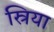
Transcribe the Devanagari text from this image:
स्रिया